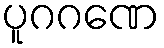
ပူဂဂဏေ